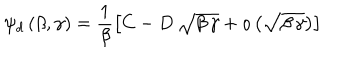
\psi _ { d } \, ( \beta , \gamma ) = \frac { 1 } { \beta } \left[ C - D \, \sqrt { \beta \, \gamma } + o \left( \sqrt { \beta \, \gamma } \right) \right]